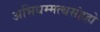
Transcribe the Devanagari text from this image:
अभिधम्मत्थसंहहो